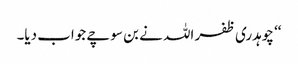
‘‘ چوہدری ظفر اللہ نے بن سوچے جواب دیا۔